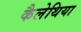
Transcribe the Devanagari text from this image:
कैलेथिया